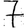
Digit: 7